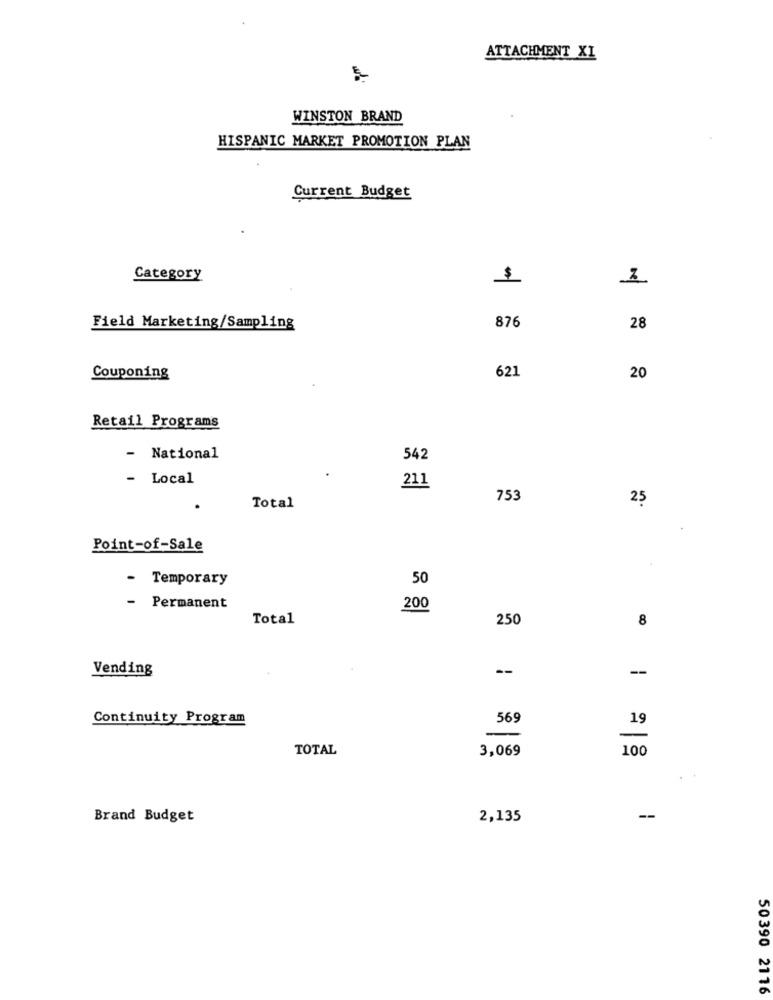
ATTACHMENT XI
WINSTON BRAND
HISPANIC MARKET PROMOTION PLAN
Current Budget
Category
$
876
Field Marketing/Sampling
28
621
Couponing
20
Retail Programs
- National
542
- Local
211
753
25
Total
Point-of-Sale
-
Temporary
50
- Permanent
200
Total
250
8
Vending
--
--
Continuity Program
569
19
-
TOTAL
3,069
100
Brand Budget
2,135
--
50390 2116